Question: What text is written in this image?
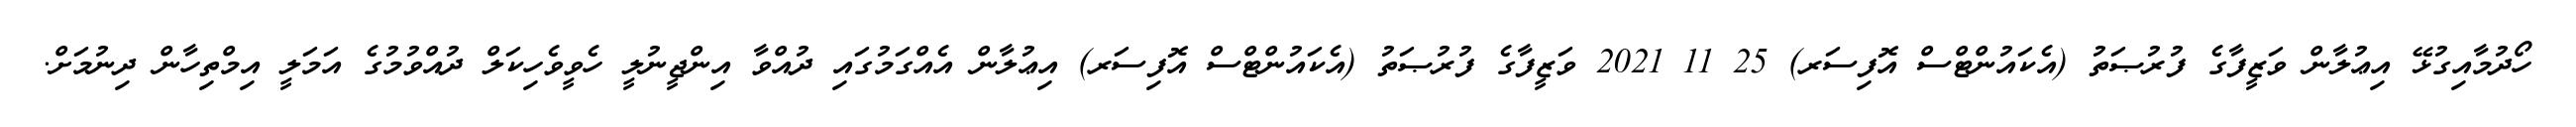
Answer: ހޯދުމާއިގުޅޭ އިޢުލާން ވަޒީފާގެ ފުރުޞަތު (އެކައުންޓްސް އޮފިސަރ) 25 11 2021 ވަޒީފާގެ ފުރުޞަތު (އެކައުންޓްސް އޮފިސަރ) އިޢުލާން އެއްގަމުގައި ދުއްވާ އިންޖީނުލީ ހެވީވެހިކަލް ދުއްވުމުގެ އަމަލީ އިމްތިހާން ދިނުމަށް.